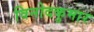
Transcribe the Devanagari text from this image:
विनोदकुमार